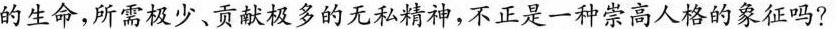
的生命，所需极少、贡献极多的无私精神，不正是一种崇高人格的象征吗?